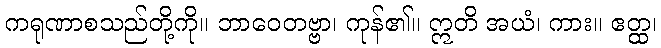
ကရုဏာစသည်တို့ကို။ ဘာဝေတဗ္ဗာ၊ ကုန်၏။ ဣတိ အယံ၊ ကား။ ဧတ္ထ၊